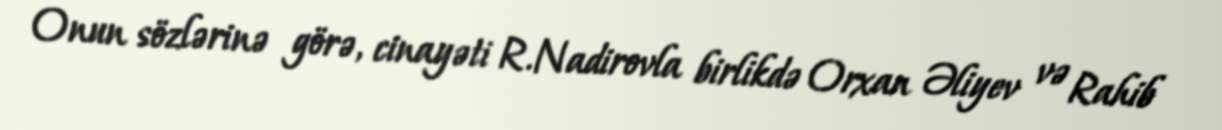
Onun sözlərinə görə, cinayəti R.Nadirovla birlikdə Orxan Əliyev və Rahib